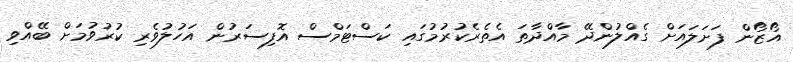
އޯޒޯން ފަށަލައަށް ގެއްލުންދޭ މާއްދާތަ އެތެރެކުރުމުގައި ކަސްޓަމްސް އޮފިސަރުން އަހުލުވެރި ކުރުވުމަށް ބޭއްވި